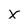
Character: x